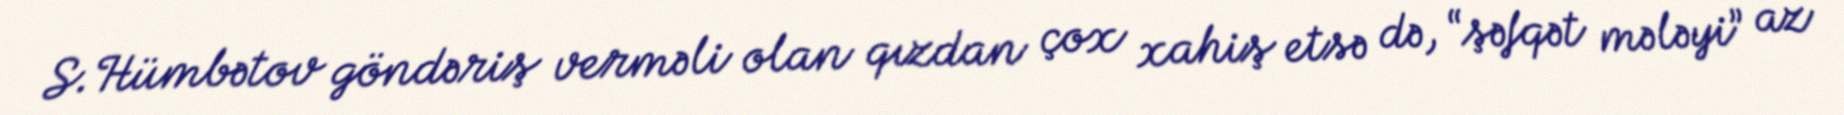
S.Hümbətov göndəriş verməli olan qızdan çox xahiş etsə də, “şəfqət mələyi” az